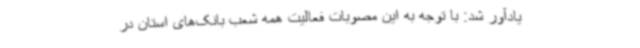
یادآور شد: با توجه به این مصوبات فعالیت همه شعب بانک‌های استان در